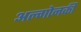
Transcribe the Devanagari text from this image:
अल्गोनकी